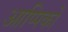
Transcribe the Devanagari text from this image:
आप्पिकों